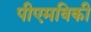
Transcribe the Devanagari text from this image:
पीएमविकी